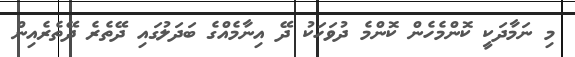
މި ނަމާދަކީ ކޮންމެހެން ކޮންމެ ދުވަހަކު ދޭ އިނާމެއްގެ ބަދަލުގައި ދޭތެރެ ދޭތެރެއިން